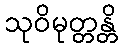
သုဝိမုတ္တန္တိ